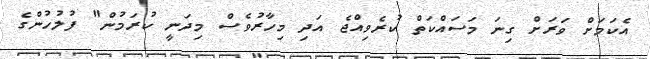
އެކަމަށް ވަރަށް ގިނަ މަސައްކަތް ކުރެވިއްޖެ އަދި މިހާރުވެސް މިދަނީ ކުރަމުން" ފުލުހުންގެ